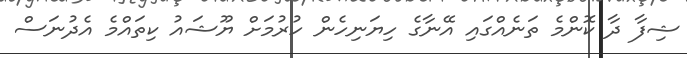
ޝިފާ ދާ ކޮންމެ ތަނެއްގައި އޭނާގެ ހިޔަނިހެން ހުރުމަށް ޔޫޝައު ކިތައްމެ އެދުނަސް